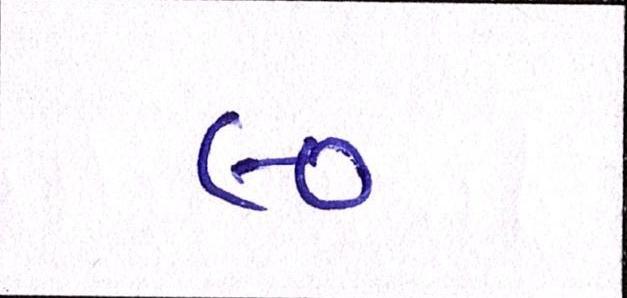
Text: ૯૦